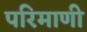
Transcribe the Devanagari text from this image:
परिमाणी